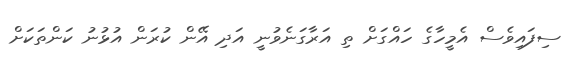
ސިފައިވެސް އެމީހާގެ ހައްގަށް ތި އަރާގަނެވުނީ އަދި އޭން ކުރަން އުޅުނު ކަންތަކަށް